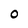
Character: 0